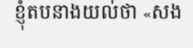
ខ្ញុំតបនាងយល់ថា «សង